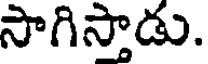
సాగిస్తాడు.